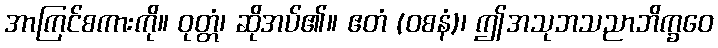
အာကြင်စကားကို။ ဝုတ္တံ၊ ဆိုအပ်၏။ ဧတံ (ဝစနံ)၊ ဤအသုဘသညာဘိက္ခဝေ